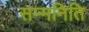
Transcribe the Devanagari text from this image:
सम्मनिति